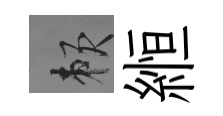
賴縆